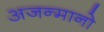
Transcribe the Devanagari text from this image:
अजन्मानो